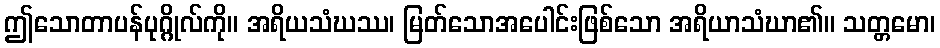
ဤသောတာပန်ပုဂ္ဂိုလ်ကို။ အရိယသံဃဿ၊ မြတ်သောအပေါင်းဖြစ်သော အရိယာသံဃာ၏။ သတ္တမော၊